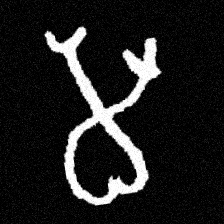
Pyu character \u2014 Myanmar letter: မ (romanized: ma)